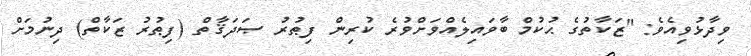
ވިދާޅުވިއެވެ: "ޒަކާތުގެ ޙުކުމް ބާވައިލެއްވަށްވުރެ ކުރިން ފިޠުރު ޞަދަޤާތް (ފިޠުރު ޒަކާތް) ދިނުމަށް